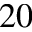
2 0